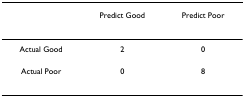
|  | Predict Good | Predict Poor |
 | --- | --- | --- |
 | Actual Good | 2 | 0 |
 | Actual Poor | 0 | 8 |